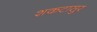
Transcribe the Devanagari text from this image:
शकटासुर